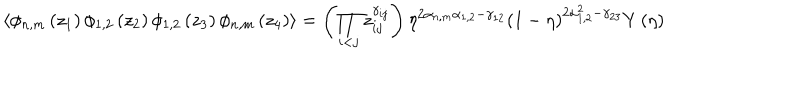
LaTeX: \langle \phi _ { n , m } \left( z _ { 1 } \right) \phi _ { 1 , 2 } \left( z _ { 2 } \right) \phi _ { 1 , 2 } \left( z _ { 3 } \right) \phi _ { n , m } \left( z _ { 4 } \right) \rangle = \left( \prod _ { i < j } z _ { i j } ^ { \gamma _ { i j } } \right) \eta ^ { 2 \alpha _ { n , m } \alpha _ { 1 , 2 } - \gamma _ { 1 2 } } \left( 1 - \eta \right) ^ { 2 \alpha _ { 1 , 2 } ^ { 2 } - \gamma _ { 2 3 } } Y \left( \eta \right)